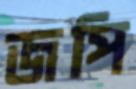
জপি